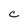
Character: c